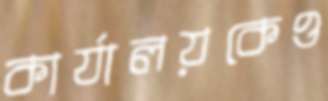
কার্যালয়কেও